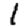
Digit: 1